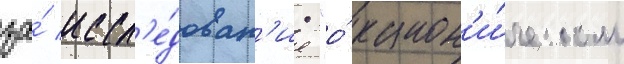
за́ иссл'е́дован'ие "о́ канон'и́ческом